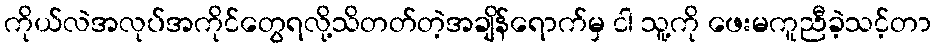
ကိုယ်လဲအလုပ်အကိုင်တွေရလို့သိတတ်တဲ့အချိန်ရောက်မှ ငါ သူ့ကို ဖေးမကူညီခဲ့သင့်တာ